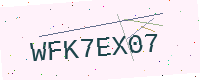
Text: WFK7EX07